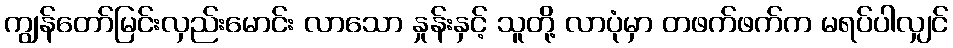
ကျွန်တော်မြင်းလှည်းမောင်း လာသော နှုန်းနှင့် သူတို့ လာပုံမှာ တဖက်ဖက်က မရပ်ပါလျှင်